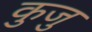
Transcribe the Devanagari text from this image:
कुजु